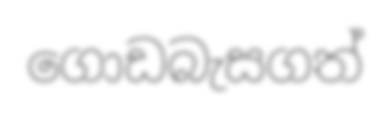
ගොඩබැසගත්